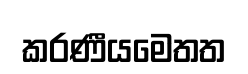
කරණීයමෙතත